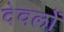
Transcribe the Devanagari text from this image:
देवलों